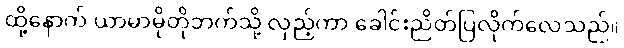
ထို့နောက် ယာမာမိုတိုဘက်သို့ လှည့်ကာ ခေါင်းညိတ်ပြလိုက်လေသည်။